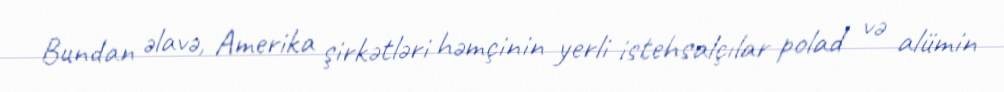
Bundan əlavə, Amerika şirkətləri həmçinin yerli istehsalçılar polad və alümin